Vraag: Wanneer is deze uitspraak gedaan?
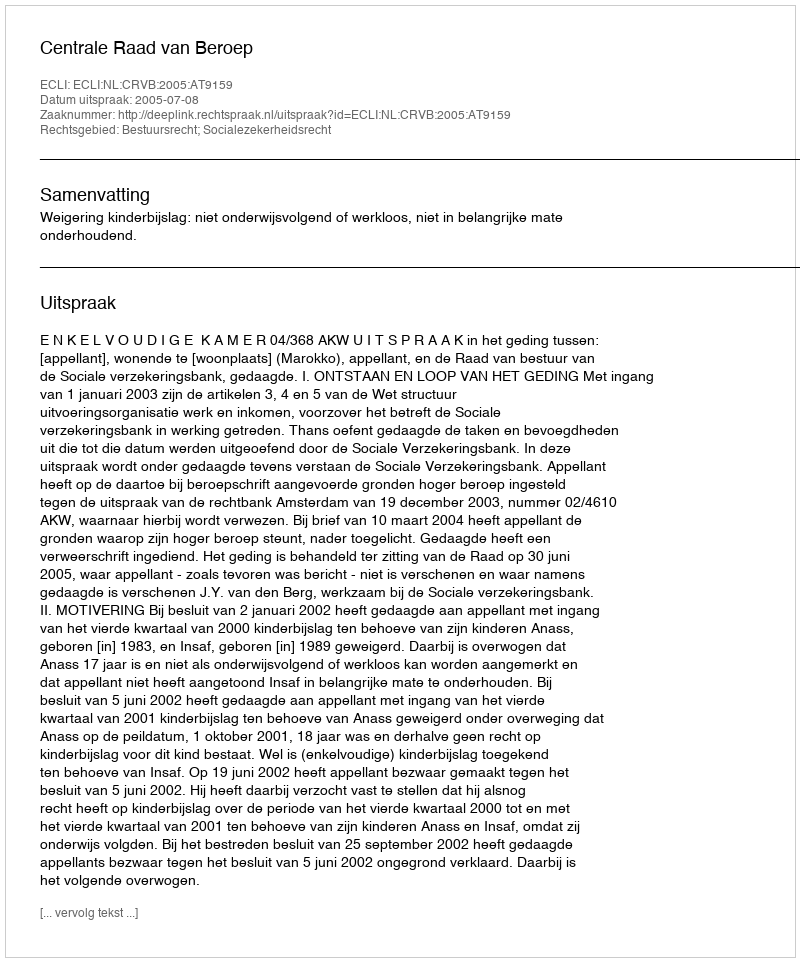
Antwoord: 2005-07-08